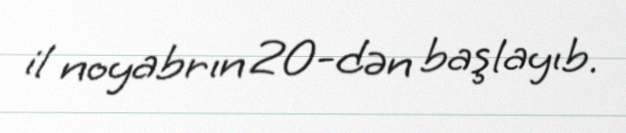
il noyabrın 20-dən başlayıb.